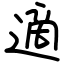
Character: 適